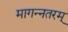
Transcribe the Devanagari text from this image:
मागन्नतरम्